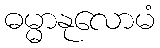
ဓမ္မာနုလောမံ